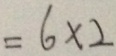
= 6 \times 2